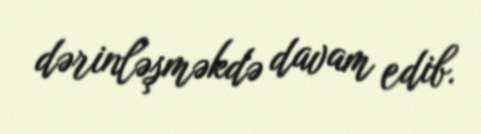
dərinləşməkdə davam edib.